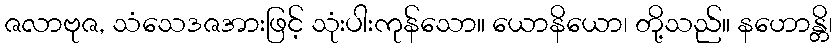
ဇလာဗုဇ, သံသေဒဇအားဖြင့် သုံးပါးကုန်သော။ ယောနိယော၊ တို့သည်။ နဟောန္တိ၊